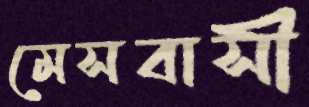
মেসবাসী